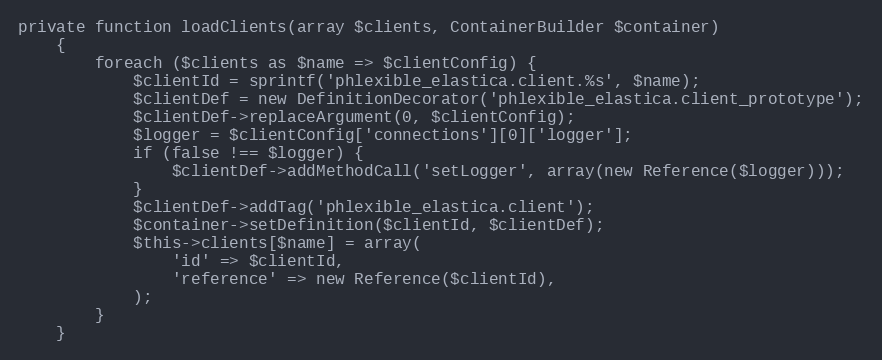
Language: PHP
private function loadClients(array $clients, ContainerBuilder $container)
    {
        foreach ($clients as $name => $clientConfig) {
            $clientId = sprintf('phlexible_elastica.client.%s', $name);
            $clientDef = new DefinitionDecorator('phlexible_elastica.client_prototype');
            $clientDef->replaceArgument(0, $clientConfig);
            $logger = $clientConfig['connections'][0]['logger'];
            if (false !== $logger) {
                $clientDef->addMethodCall('setLogger', array(new Reference($logger)));
            }
            $clientDef->addTag('phlexible_elastica.client');
            $container->setDefinition($clientId, $clientDef);
            $this->clients[$name] = array(
                'id' => $clientId,
                'reference' => new Reference($clientId),
            );
        }
    }